Lunatic asylums Central Provinces reports 1910-1926 - 1910-1926
Year: 1910
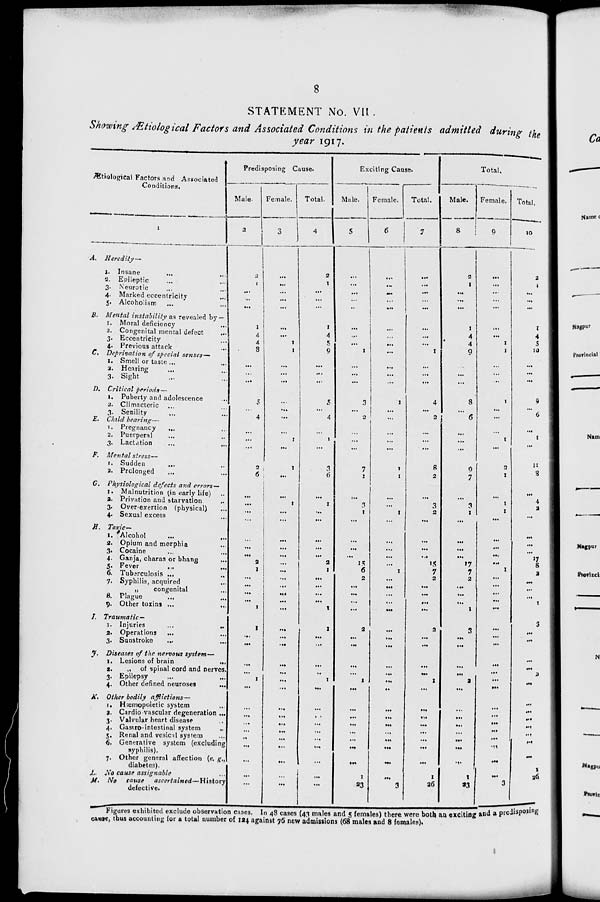
8
STATEMENT No. VII.
Showing Ætiological Factors and Associated Conditions in the patients admitted during the
year 1917.
Ætiological Factors and Associated
Conditions.
1
A.
Heredity—
I. Insane ... ...
2. Epileptic ... ...
3. Neurotic ... ...
4. Marked eccentricity ...
5. Alcoholism ... ...
B. Mental instability as revealed by —
1. Moral deficiency
...
2. Congenital mental defect
...
3. Eccentricity ...
4. Previous attack ...
C. Deprivation of special senses—
1. Smell or taste ... ...
2. Hearing ... ...
3. Sight ... ...
D. Critical periods—
1. Puberty and adolescence ...
2. Climacteric ... ...
3. Senility ... ...
E. Child bearing—
1. Pregnancy ... ...
2. Puerperal ... ...
3. Lactation ... ...
F. Mental stress—
1. Sudden ... ...
2. Prolonged ... ...
C. Physiological defects and errors—
1. Malnutrition (in early life) ...
2. Privation and starvation ...
3. Over-exertion (physical) ...
4. Sexual excess ...
H.
Toxic—
1. Alcohol
...
...
2. Opium and morphia ... ...
3. Cocaine ... ...
4. Ganja, charas or bhang ...
5. Fever ... ...
6. Tuberculosis ... ...
7. Syphilis, acquired ...
„
congenital ...
8. Plague ... ...
9. Other toxins ...
...
I. Traumatic —
1. Injuries
...
...
2. Operations ... ...
3. Sunstroke ... ...
F. Diseases of the nervous system—
1. Lesions of brain
...
2.
„ of spinal cord and nerves.
3. Epilepsy ... ...
4. Other defined neuroses
...
K. Other bodily
afflictions—
1. Hæmopoietic system ...
2. Cardio vascular degeneration ...
3. Valvular heart disease ...
4. Gastro-intestinal system ...
5. Renal and vesical system ...
6. Generative system (excluding
syphilis).
7. Other general affection (e. g.,
diabetes).
L. No cause assignable ...
M. No
cause
ascertained—History
defective.
Predisposing Cause.
Male.
2
2
1
...
...
...
1
4
4
8
...
...
...
5
...
4
...
...
...
2
6
...
...
...
...
...
...
...
2
1
...
...
...
...
1
1
...
...
...
...
1
...
...
...
...
...
...
...
...
...
...
Female.
3
...
...
...
...
...
...
...
1
1
...
...
...
...
...
...
...
1
...
1
...
...
1
...
...
...
...
...
...
...
...
...
...
...
...
...
...
...
...
...
...
...
...
...
...
...
...
...
...
...
...
Total.
4
2
1
...
...
...
1
4
5
9
...
...
...
5
...
4
...
1
...
3
6
...
1
...
...
...
...
...
2
1
...
...
...
...
1
1
...
...
...
...
1
...
...
...
...
...
...
...
...
...
...
Exciting Cause.
Male.
5
...
...
...
...
...
...
...
...
1
...
...
...
3
...
2
...
...
...
7
1
...
3
1
...
...
...
...
15
6
2
...
...
...
...
2
...
...
...
...
1
...
...
...
...
...
...
...
...
1
23
Female.
6
...
...
...
...
...
...
...
...
...
...
...
...
1
...
...
...
...
...
1
1
...
...
1
...
...
...
...
...
1
...
...
...
...
...
...
...
...
...
...
...
...
...
...
...
...
...
...
...
...
3
Total.
7
...
...
...
...
...
...
...
...
1
...
...
...
4
...
2
...
...
...
8
2
...
3
2
...
...
...
...
15
7
2
...
...
...
...
2
...
...
...
...
1
...
...
...
...
...
...
...
...
1
26
Total.
Male.
8
2
1
...
...
...
1
4
4
9
...
...
...
8
...
6
...
1
...
9
7
...
3
1
...
...
...
...
17
7
2
...
...
...
1
3
...
...
...
...
2
...
...
...
...
...
...
...
...
1
23
Female.
9
...
...
...
...
...
...
...
1
1
...
...
...
1
...
...
...
1
...
2
1
...
1
1
...
...
...
...
...
1
...
...
...
...
...
...
...
...
...
...
...
...
...
...
...
...
...
...
...
...
3
Total.
10
2
1
...
...
...
1
4
5
10
...
...
...
9
...
6
...
1
...
11
8
...
4
2
...
...
...
...
17
8
2
...
...
...
1
3
...
...
...
...
2
...
...
...
...
...
...
...
...
1
26
Figures exhibited exclude observation cases. In 48 cases (43 males and 5 females) there were both an exciting and a predisposing
cause, thus accounting for a total number of 124 against 76 new admissions (68 males and 8 females).